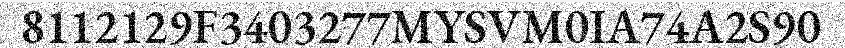
8112129F3403277MYSVM0IA74A2S90